Report on the lunatic asylums under the Government of Bombay - 1904-1913
Year: 1904
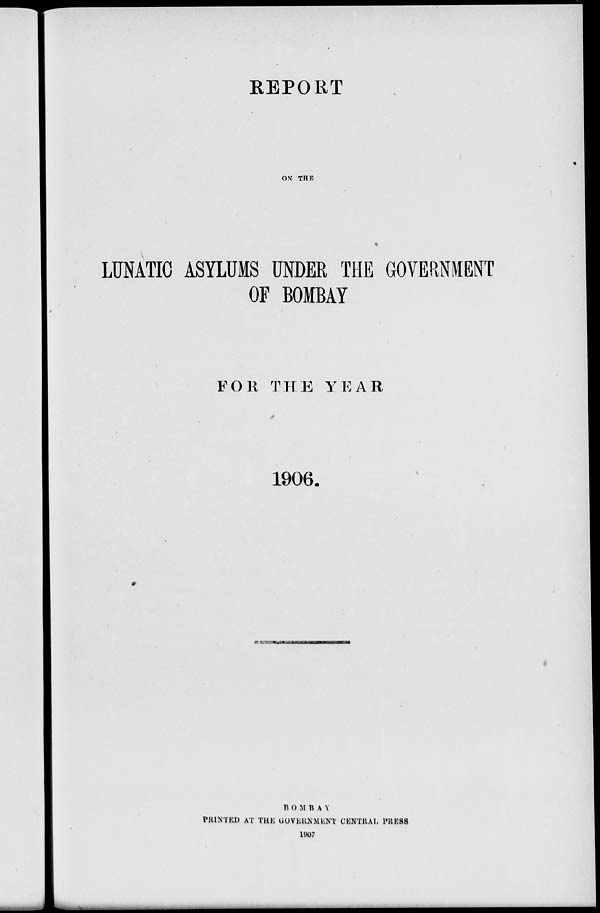
REPORT
ON THE
LUNATIC ASYLUMS UNDER THE GOVERNMENT
OF BOMBAY
FOR THE YEAR
1906.
BOMBAY
PRINTED AT THE GOVERNMENT CENTRAL PRESS
1907